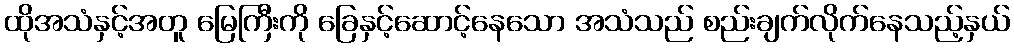
ထိုအသံနှင့်အတူ မြေကြီးကို ခြေနှင့်ဆောင့်နေသော အသံသည် စည်းချက်လိုက်နေသည့်နှယ်